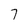
Character: 7